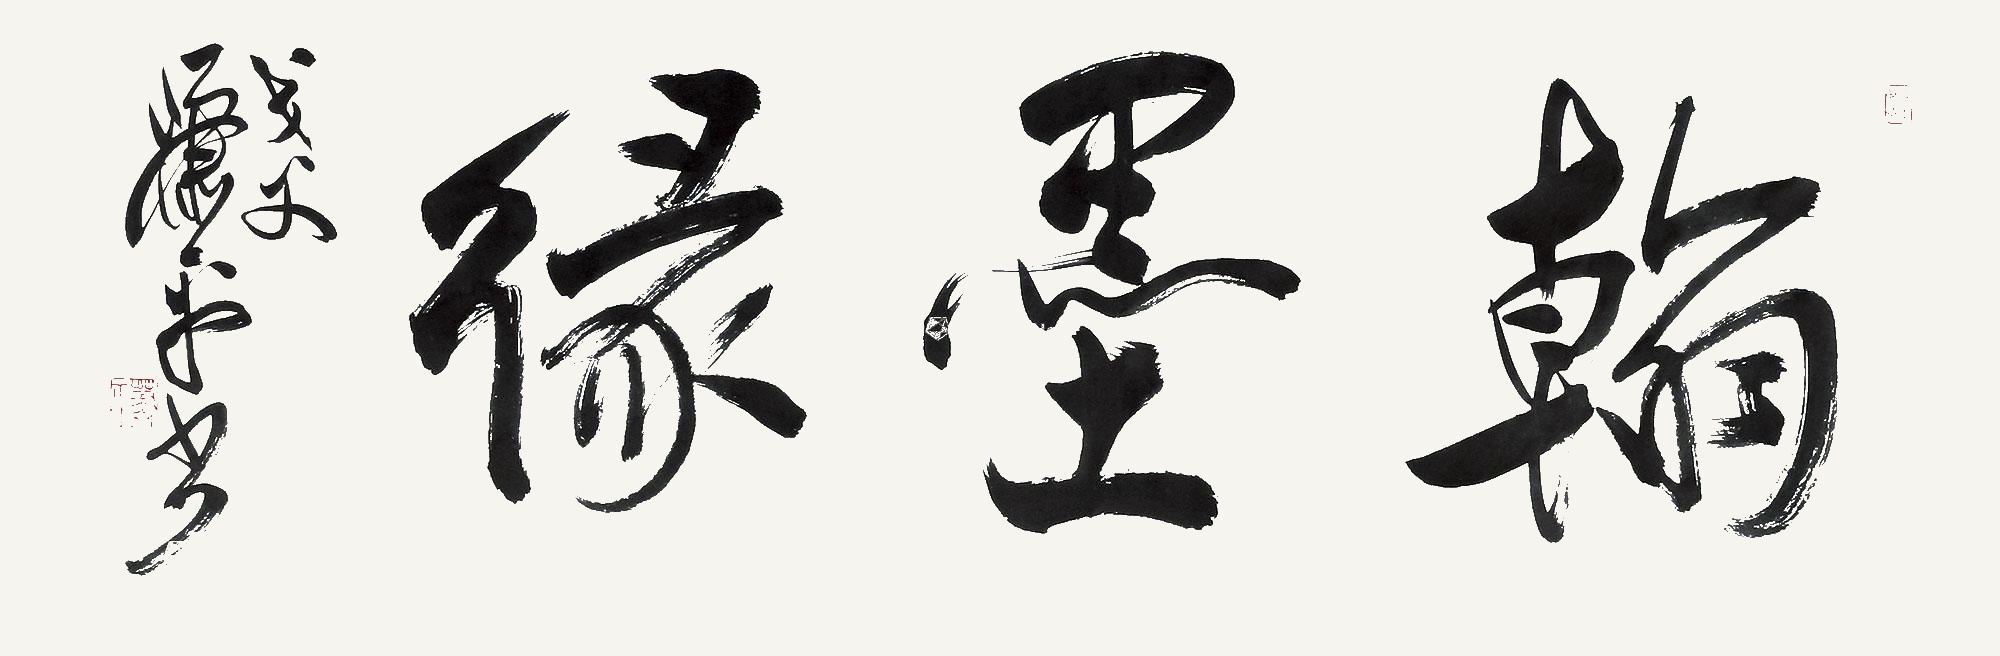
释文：翰墨缘戈父萧平书。